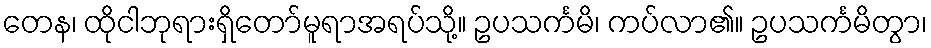
တေန၊ ထိုငါဘုရားရှိတော်မူရာအရပ်သို့။ ဥပသင်္ကမိ၊ ကပ်လာ၏။ ဥပသင်္ကမိတွာ၊